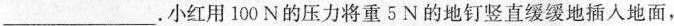
___.小红用100N的压力将重5N的地钉竖直缓缓地插入地面，